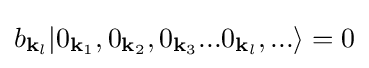
b_{\mathbf {k} _{l}}|0_{\mathbf {k} _{1}},0_{\mathbf {k} _{2}},0_{\mathbf {k} _{3}}...0_{\mathbf {k} _{l}},...\rangle =0